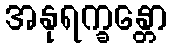
အနုရက္ခန္တော